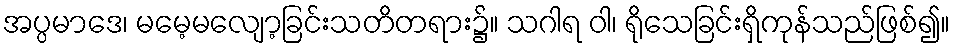
အပ္ပမာဒေ၊ မမေ့မလျော့ခြင်းသတိတရား၌။ သဂါရ ဝါ၊ ရိုသေခြင်းရှိကုန်သည်ဖြစ်၍။